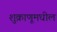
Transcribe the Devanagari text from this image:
शुक्राणूमधील